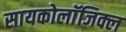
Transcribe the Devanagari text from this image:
सायकोलाॅजिक्ल